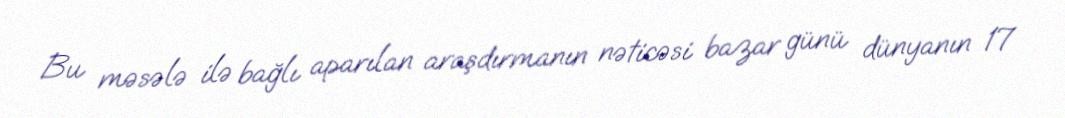
Bu məsələ ilə bağlı aparılan araşdırmanın nəticəsi bazar günü dünyanın 17